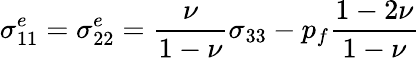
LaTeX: \sigma_{11}^{e}=\sigma_{22}^{e}=\frac{\nu}{1-\nu}\sigma_{33}-p_{f}\frac{1-2\nu}{1-\nu}